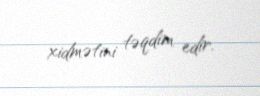
xidmətini təqdim edir.